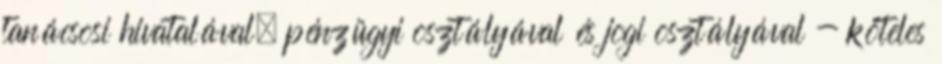
tanácsosi hivatalával, pénzügyi osztályával és jogi osztályával - köteles